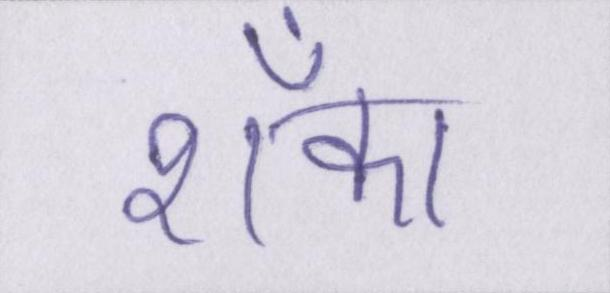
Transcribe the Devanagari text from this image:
शँका